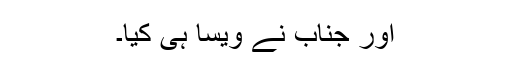
اور جناب نے ویسا ہی کیا۔